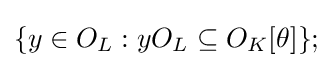
\{y\in O_{L}:yO_{L}\subseteq O_{K}[\theta ]\};